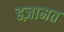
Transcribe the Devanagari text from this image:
हज़ामत